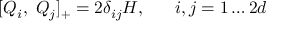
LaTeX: [ Q _ { i } , \; Q _ { j } ] _ { + } = 2 \delta _ { i j } H , \; \; \; \; \; \; i , j = 1 \ldots 2 d